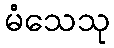
မံသေသု